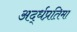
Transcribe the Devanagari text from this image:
अर्द्धप्रतिमा